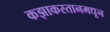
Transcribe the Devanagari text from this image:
कझाकस्तानमधून